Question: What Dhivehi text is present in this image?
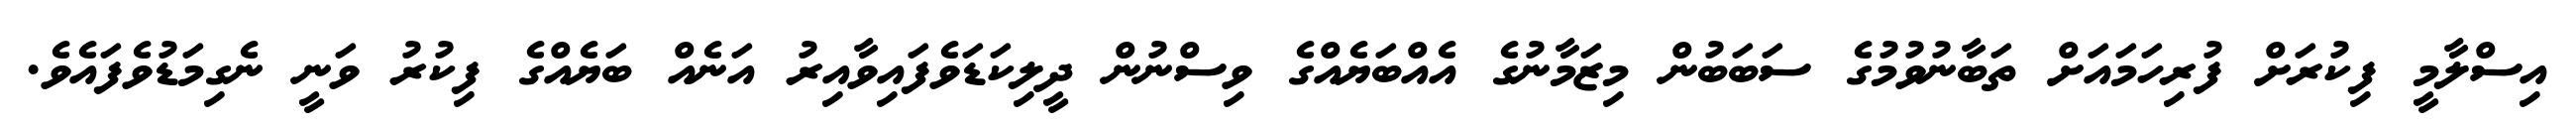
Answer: އިސްލާމީ ފިކުރަށް ފުރިހަމައަށް ތަބާނުވުމުގެ ސަބަބުން މިޒަމާނުގެ އެއްބަޔެއްގެ ވިސްނުން ދީލިކަޑަވެފައިވާއިރު އަނެއް ބަޔެއްގެ ފިކުރު ވަނީ ނެގިމަޑުވެފައެވެ.